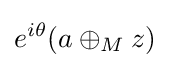
e^{i\theta }{(a\oplus _{M}{z})}